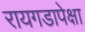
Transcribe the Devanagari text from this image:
रायगडापेक्षा